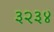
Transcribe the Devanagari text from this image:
३२३४